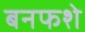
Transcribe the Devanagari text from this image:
बनफशे